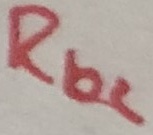
Text: Rb2